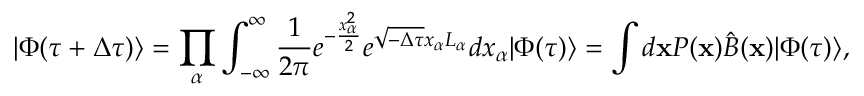
| \Phi ( \tau + \Delta \tau ) \rangle = \prod _ { \alpha } \int _ { - \infty } ^ { \infty } \frac { 1 } { 2 \pi } e ^ { - \frac { x _ { \alpha } ^ { 2 } } { 2 } } e ^ { \sqrt { - \Delta \tau } x _ { \alpha } L _ { \alpha } } d x _ { \alpha } | \Phi ( \tau ) \rangle = \int d \mathbf { x } P ( \mathbf { x } ) \hat { B } ( \mathbf { x } ) | \Phi ( \tau ) \rangle ,